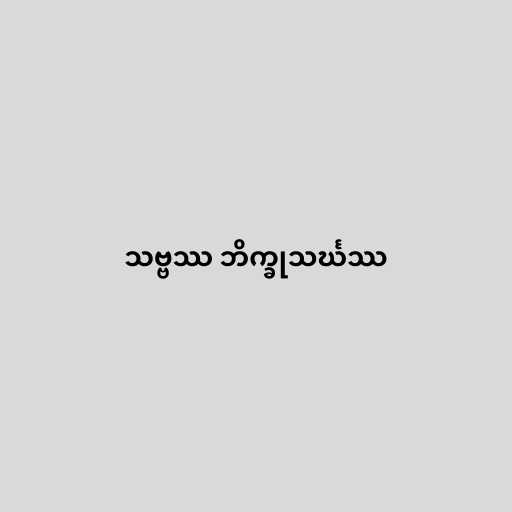
သဗ္ဗဿ ဘိက္ခုသင်္ဃဿ